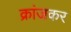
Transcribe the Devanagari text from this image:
क्रांजकर